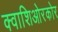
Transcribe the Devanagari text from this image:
क्वाशिओरकोर